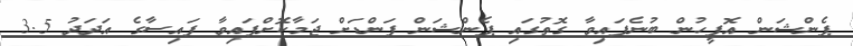
ޕެންޝަން އޮފީހުން ބުނެފައިވާ ގޮތުގައި ޕެންޝަން ފަންޑަށް ޖަމާކޮށްފައިވާ ފައިސާގެ އަދަދު 3.5